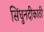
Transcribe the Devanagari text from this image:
सिंधुनदीकाठी